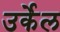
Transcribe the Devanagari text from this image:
उर्केल